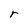
Character: r